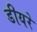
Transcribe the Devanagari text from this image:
डीयरे